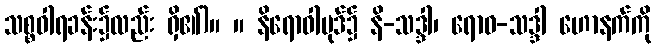
သစ္စဝါရခန်း၌လည်း ရှိ၏)။ ။ နိရောဓါပုဒ်၌ နိ-သဒ္ဒါ၊ ရောဓ-သဒ္ဒါ ဟောနက်ကို